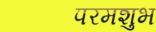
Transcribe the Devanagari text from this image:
परमशुभ